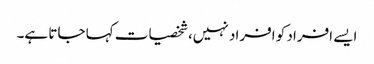
ایسے افراد کو افراد نہیں، شخصیات کہا جاتا ہے۔